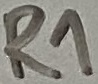
Text: R1